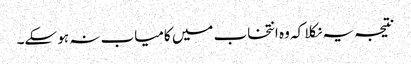
نتیجہ یہ نکلا کہ وہ انتخاب میں کامیاب نہ ہو سکے۔